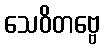
သေဝိတဗ္ဗေ